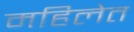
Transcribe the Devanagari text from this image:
महिलेत